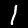
Label: 1